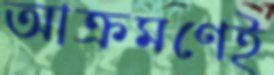
আক্রমণেই